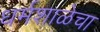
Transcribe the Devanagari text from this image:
धर्मशाळेचा